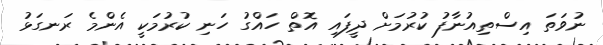
ނުވަތަ އިސްތިއުނާފު ކުރުމަށް ދީފައި އޮތް ހައްގު ހަނި ކުރުމަކީ އެންމެ ރަނގަޅު